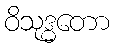
ဝိသုဒ္ဓတော